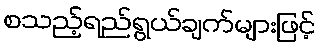
စသည့်ရည်ရွယ်ချက်များဖြင့်